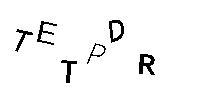
TETPDR